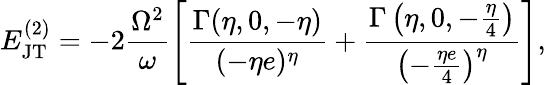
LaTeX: E_{\mathrm{JT}}^{(2)}=-2\frac{\Omega^{2}}{\omega}\left[\frac{\Gamma(\eta,0,-\eta)}{(-\eta e)^{\eta}}+\frac{\Gamma\left(\eta,0,-\frac{\eta}{4}\right)}{\left(-\frac{\eta e}{4}\right)^{\eta}}\right],